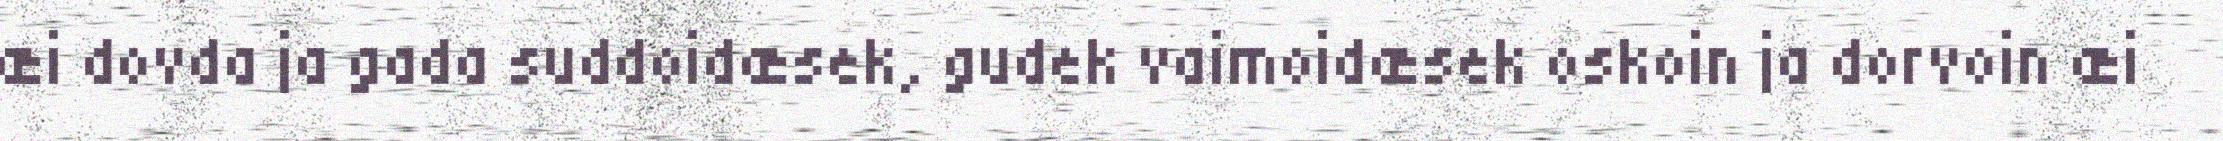
æi dovda ja gada suddoidæsek, gudek vaimoidæsek oskoin ja dorvoin æi